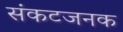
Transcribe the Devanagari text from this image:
संकटजनक